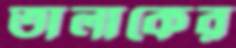
তালাকের